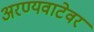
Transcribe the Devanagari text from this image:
अरण्यवाटेवर